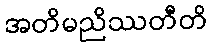
အတိမညိဿတီတိ